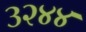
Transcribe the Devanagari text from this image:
३२४४